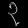
Digit: ၃